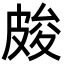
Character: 𭽫